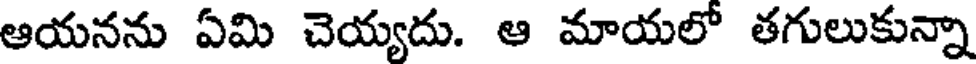
ఆయనను ఏమి చెయ్యదు. ఆ మాయలో తగులుకున్నా